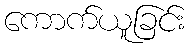
ကောက်ယူခြင်း